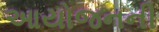
આયોજનની